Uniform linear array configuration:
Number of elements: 64
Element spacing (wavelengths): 0.25
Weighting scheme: kaiser
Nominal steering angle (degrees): -45
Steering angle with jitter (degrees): -45.523
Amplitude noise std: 0.05
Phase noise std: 0.05

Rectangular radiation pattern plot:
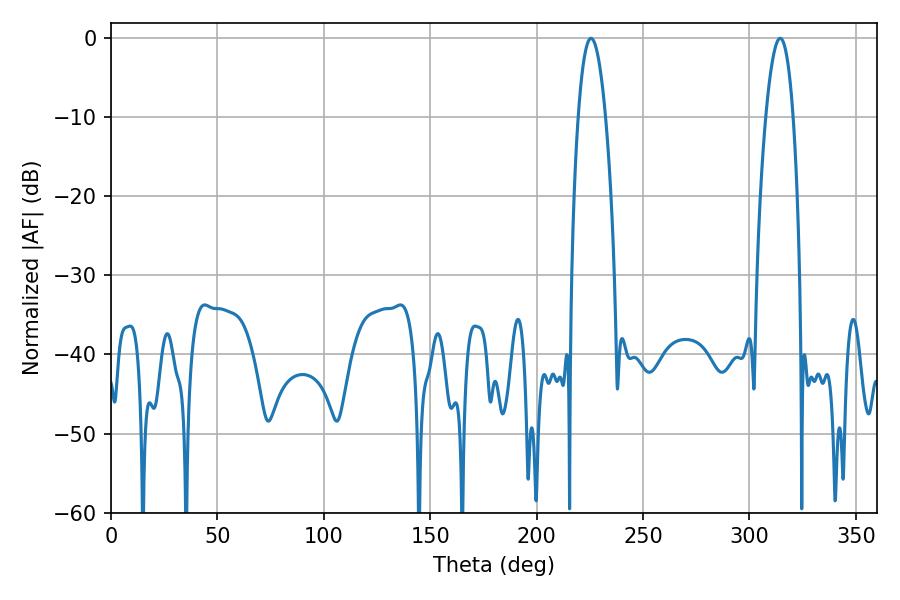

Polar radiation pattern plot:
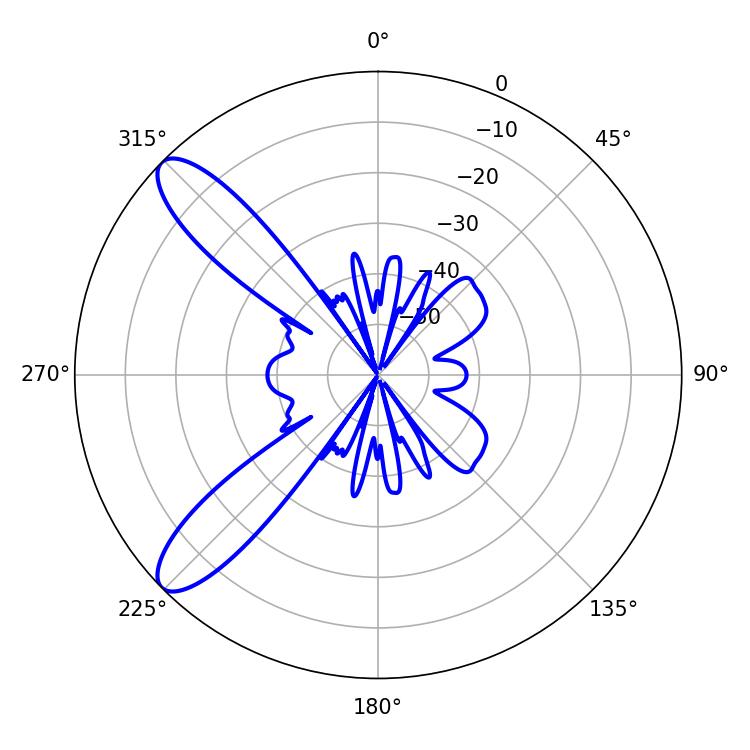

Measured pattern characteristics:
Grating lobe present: FALSE
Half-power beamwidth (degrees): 7.02
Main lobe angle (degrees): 225.54